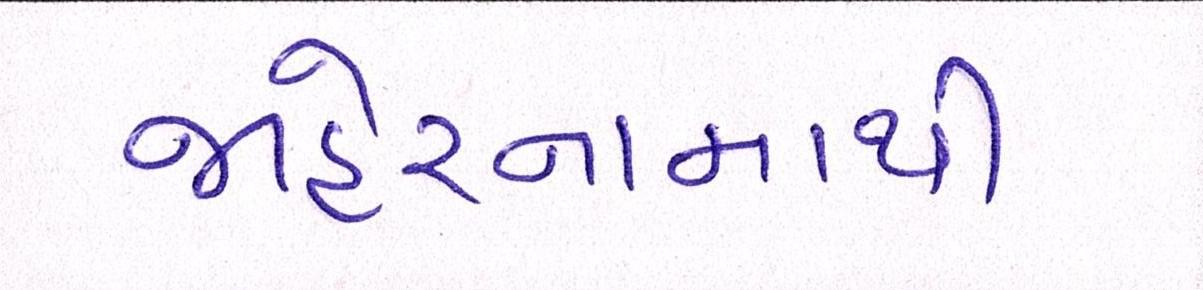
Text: જાહેરનામાથી